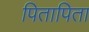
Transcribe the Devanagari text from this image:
पितापिता